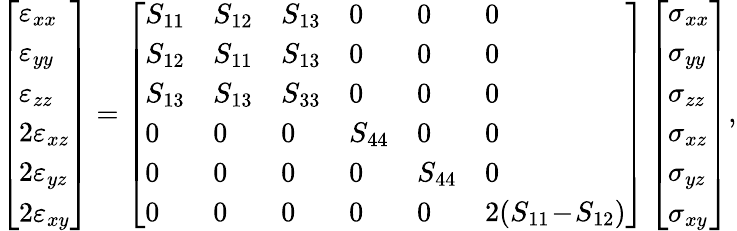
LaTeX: \left[\begin{array}{l}{\varepsilon_{xx}}\\ {\varepsilon_{yy}}\\ {\varepsilon_{zz}}\\ {2\varepsilon_{xz}}\\ {2\varepsilon_{yz}}\\ {2\varepsilon_{xy}}\end{array}\right]=\left[\begin{array}{llllll}{S_{11}}&{S_{12}}&{S_{13}}&{0}&{0}&{0}\\ {S_{12}}&{S_{11}}&{S_{13}}&{0}&{0}&{0}\\ {S_{13}}&{S_{13}}&{S_{33}}&{0}&{0}&{0}\\ {0}&{0}&{0}&{S_{44}}&{0}&{0}\\ {0}&{0}&{0}&{0}&{S_{44}}&{0}\\ {0}&{0}&{0}&{0}&{0}&{2(S_{11}\! -\! S_{12})}\end{array}\right]\left[\begin{array}{l}{\sigma_{xx}}\\ {\sigma_{yy}}\\ {\sigma_{zz}}\\ {\sigma_{xz}}\\ {\sigma_{yz}}\\ {\sigma_{xy}}\end{array}\right],